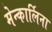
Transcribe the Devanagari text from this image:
मेन्कार्लिना